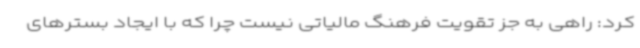
کرد: راهی به جز تقویت فرهنگ مالیاتی نیست چرا که با ایجاد بسترهای